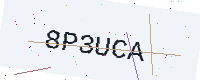
Text: 8P3UCA